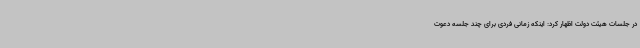
در جلسات هیئت دولت اظهار کرد: اینکه زمانی فردی برای چند جلسه دعوت